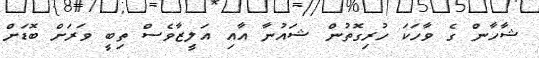
ޝާހާން ގެ ވާހަކަ ހުރިގޮތުން ޝައުނާ އާއި އަލީޒާވެސް ތިބީ ވަރަށް ބޮޑަށް